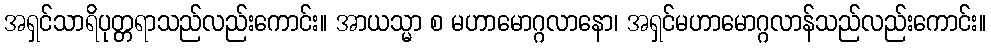
အရှင်သာရိပုတ္တရာသည်လည်းကောင်း။ အာယသ္မာ စ မဟာမောဂ္ဂလာနော၊ အရှင်မဟာမောဂ္ဂလာန်သည်လည်းကောင်း။